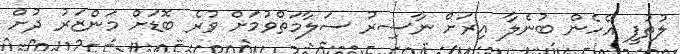
ލުތުފީ އެހެން ބުނެލާ އިރަށް ނާސިރު ސަލާމަތްވުމަށް ވުރެ ބޮޑަށް މަންޒަރު ދުށް